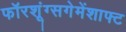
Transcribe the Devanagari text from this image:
फॉरशूंग्सगेमेंशाफ्ट